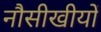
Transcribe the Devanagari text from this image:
नौसीखीयों